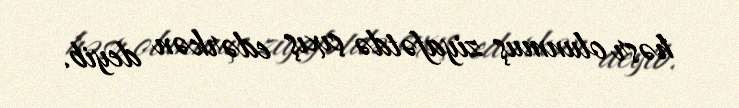
həsr olunmuş ziyafətdə çıxış edərkən deyib.